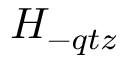
H _ { - q t z }